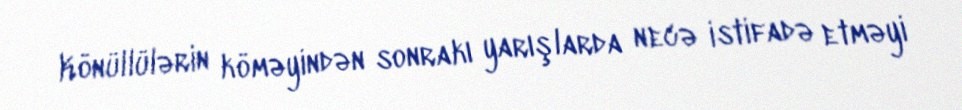
Könüllülərin köməyindən sonrakı yarışlarda necə istifadə etməyi